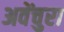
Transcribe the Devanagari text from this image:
अवेंचुरा